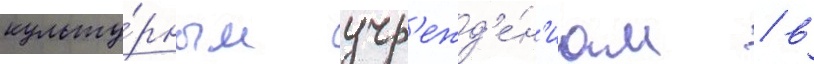
культу́рным учр'ежд'е́н'иам / в